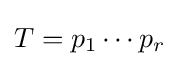
T=p_{1}\cdots p_{r}